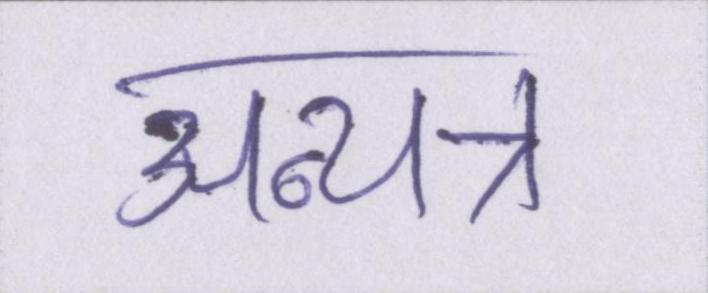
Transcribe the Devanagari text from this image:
अन्यत्र